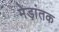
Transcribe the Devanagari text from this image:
मेड़ांतक